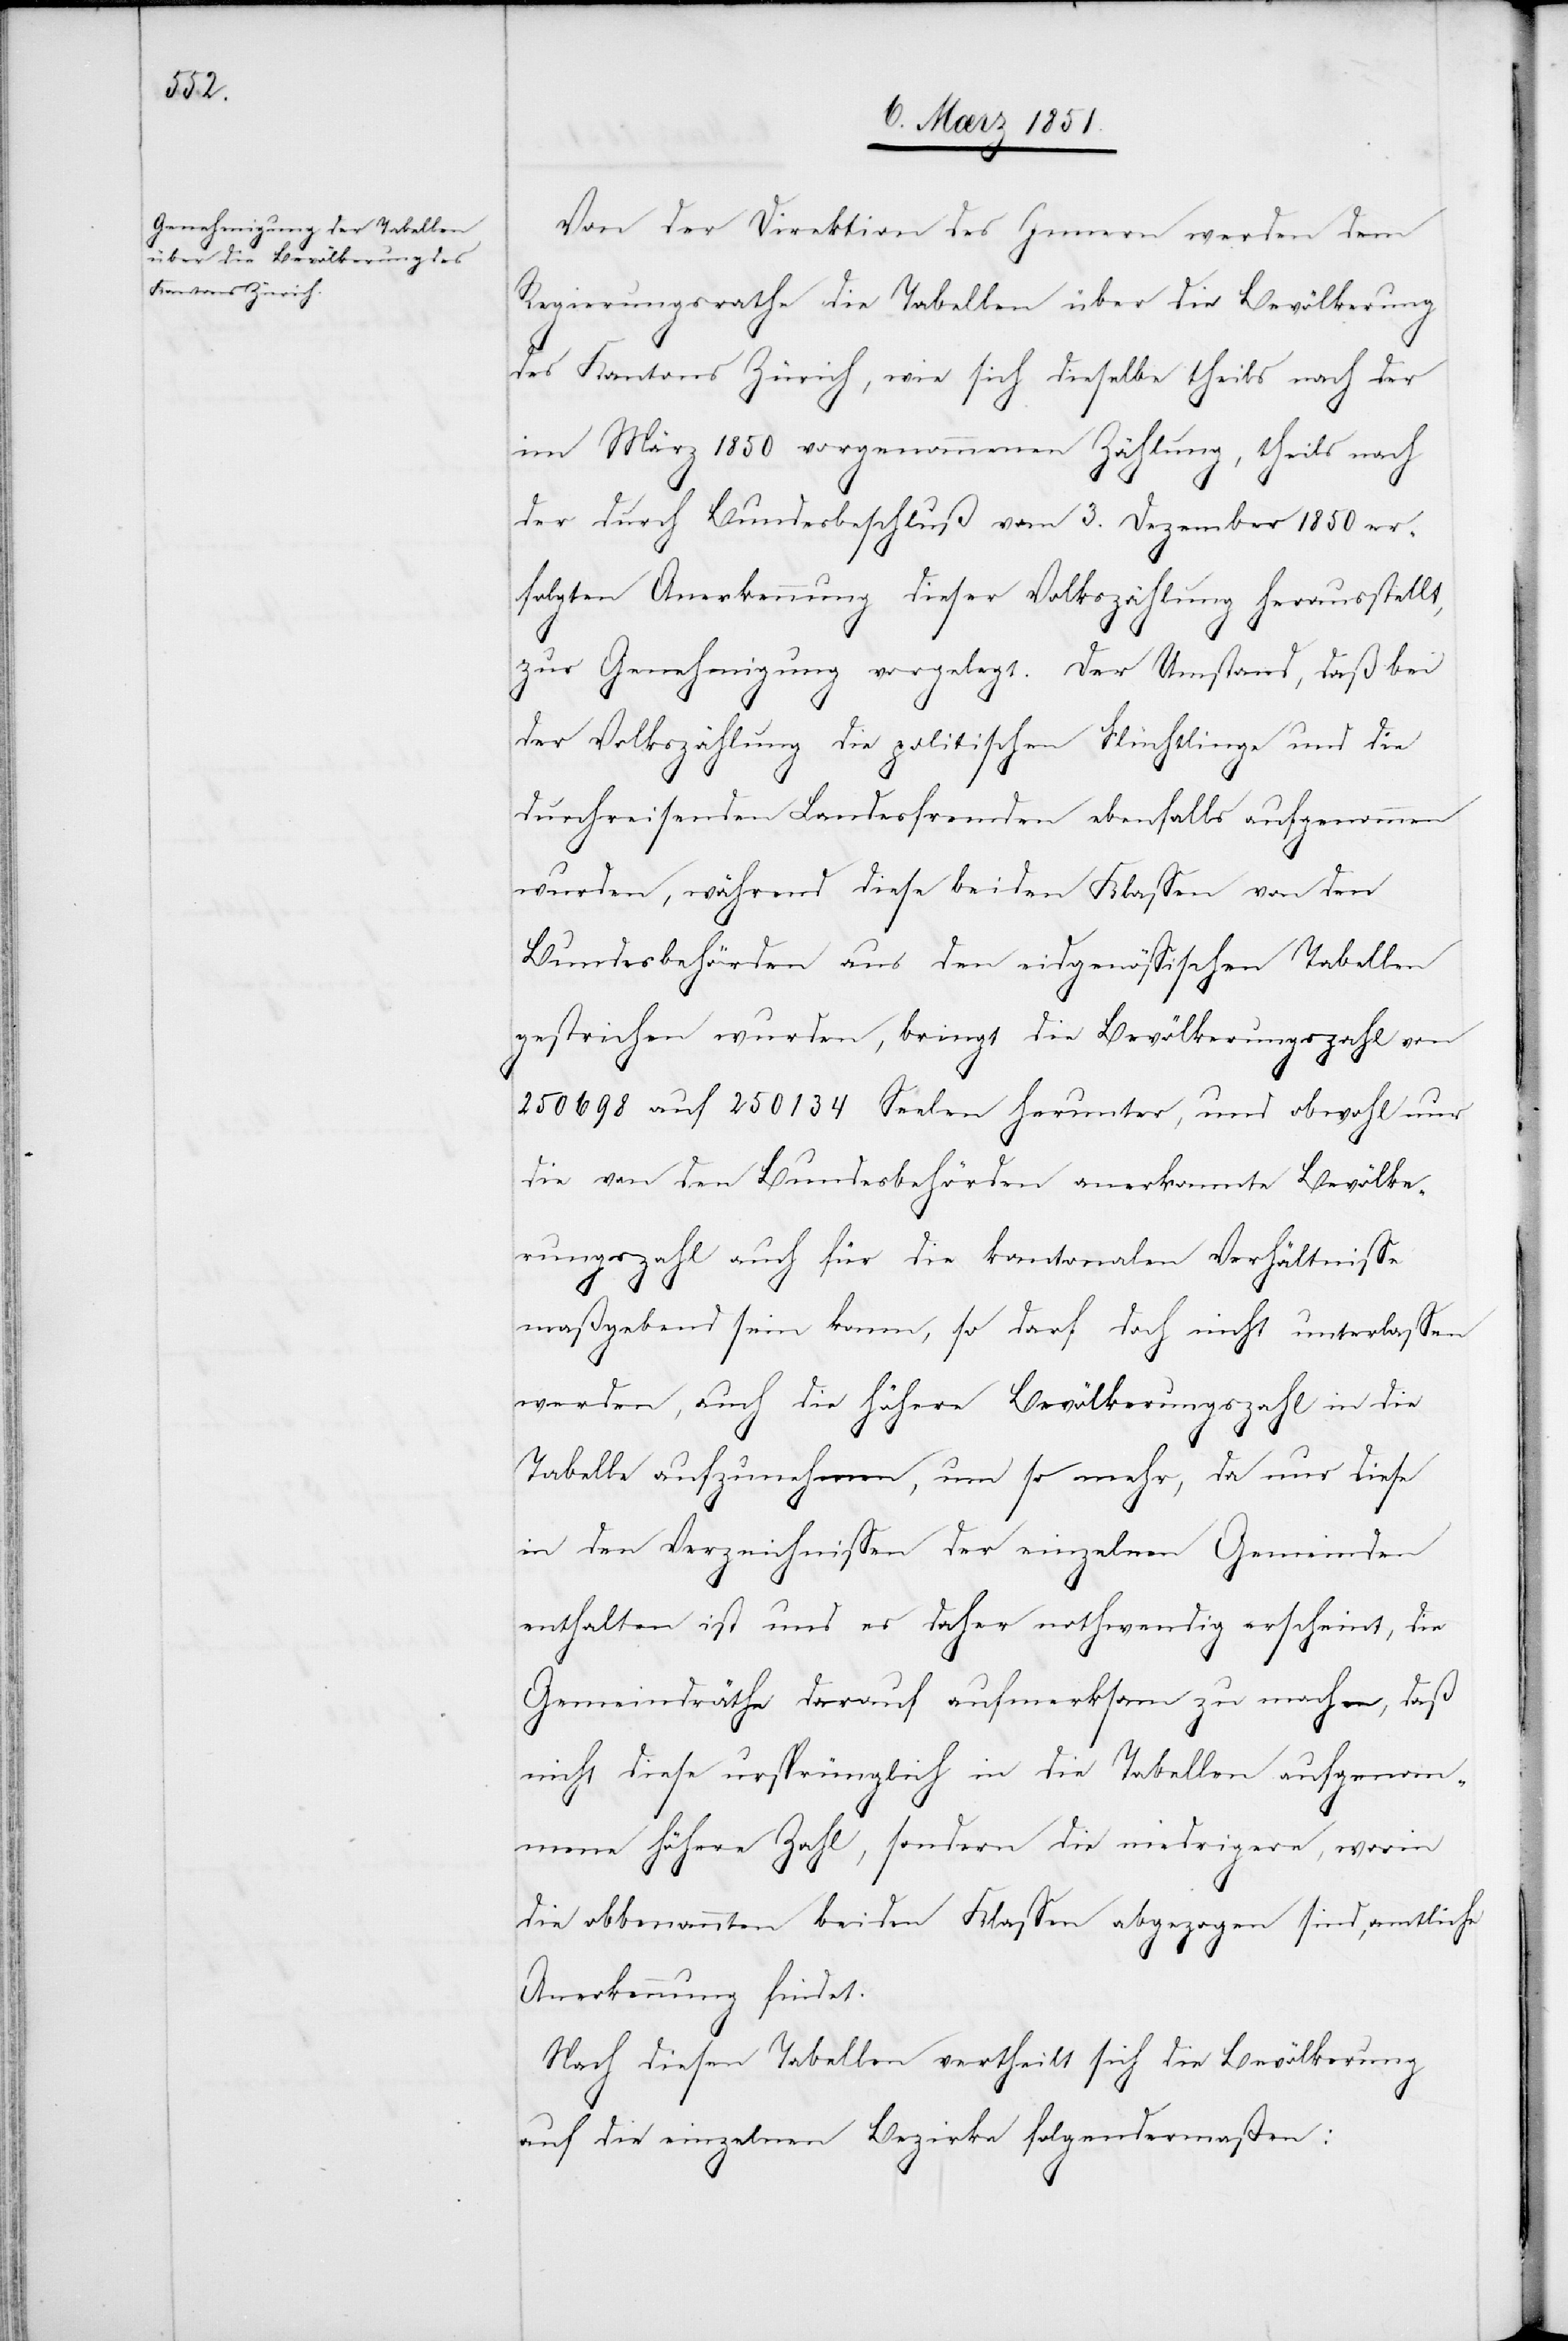
Von der Direktion des Innern werden dem
Regierungsrathe die Tabellen über die Bevölkerung
des Kantons Zürich, wie sich dieselbe theils nach der
im März 1850 vorgenommenen Zählung, theils nach
der durch Bundesbeschluß vom 3. Dezember 1850 er¬
folgten Anerkennung dieser Volkszählung herausstellt,
zur Genehmigung vorgelegt. Der Umstand, daß bei
der Volkszählung die politischen Flüchtlinge und die
durchreisenden Landesfremden ebenfalls aufgenommen
wurden, während diese beiden Klassen von den
Bundesbehörden aus den eidgenössischen Tabellen
gestrichen wurden, bringt die Bevölkerungszahl von
250698 auf 250134 Seelen herunter, und obwohl nur
die von den Bundesbehörden anerkannte Bevölke¬
rungszahl auch für die kantonalen Verhältnisse
maßgebend sein kann, so darf doch nicht unterlassen
werden, auch die höhere Bevölkerungszahl in die
Tabelle aufzunehmen, um so mehr, da nur diese
in den Verzeichnissen der einzelnen Gemeinden
enthalten ist und es daher nothwendig erscheint, die
Gemeindräthe darauf aufmerksam zu machen, daß
nicht diese ursprünglich in die Tabellen aufgenom¬
mene höhere Zahl, sondern die niedrigere, worin
die obbenannten beiden Klassen abgezogen sind, amtliche
Anerkennung findet.
Nach diesen Tabellen vertheilt sich die Bevölkerung
auf die einzelnen Bezirke folgendermaßen: